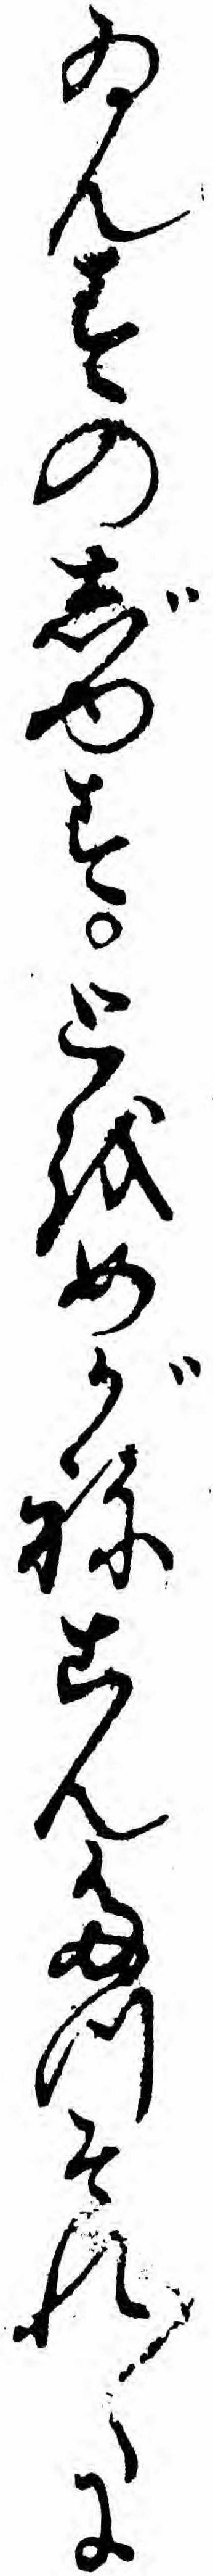
ゐんすのじゆすとをめがねこんたつそれ〱に